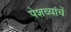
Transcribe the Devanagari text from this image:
पेशव्यांचें